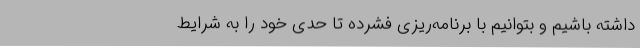
داشته باشیم و بتوانیم با برنامه‌ریزی فشرده تا حدی خود را به شرایط